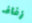
زفاف